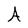
Character: A